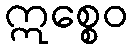
ဣစ္စေဝ